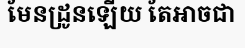
មែនដ្រូនឡើយ តែអាចជា